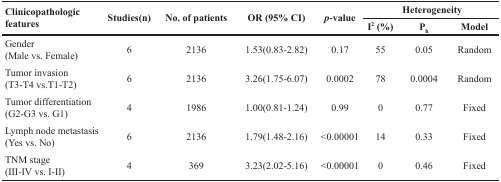
| <ROWSPAN=2> Clinicopathologic features | <ROWSPAN=2> Studies(n) | <ROWSPAN=2> No. of patients | <ROWSPAN=2> OR (95% CI) | <ROWSPAN=2> p-value | <COLSPAN=3> Heterogeneity |
 | I2 (%) | Ph | Model |
 | --- | --- | --- | --- | --- | --- | --- | --- |
 | Gender (Male vs. Female) | 6 | 2136 | 1.53(0.83-2.82) | 0.17 | 55 | 0.05 | Random |
 | Tumor invasion (T3-T4 vs.T1-T2) | 6 | 2136 | 3.26(1.75-6.07) | 0.0002 | 78 | 0.0004 | Random |
 | Tumor differentiation (G2-G3 vs. G1) | 4 | 1986 | 1.00(0.81-1.24) | 0.99 | 0 | 0.77 | Fixed |
 | Lymph node metastasis (Yes vs. No) | 6 | 2136 | 1.79(1.48-2.16) | <0.00001 | 14 | 0.33 | Fixed |
 | TNM stage (III-IV vs. I-II) | 4 | 369 | 3.23(2.02-5.16) | <0.00001 | 0 | 0.46 | Fixed |